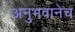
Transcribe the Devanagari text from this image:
अनुभवानेच